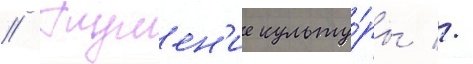
// Глушен'ие культу́ры //